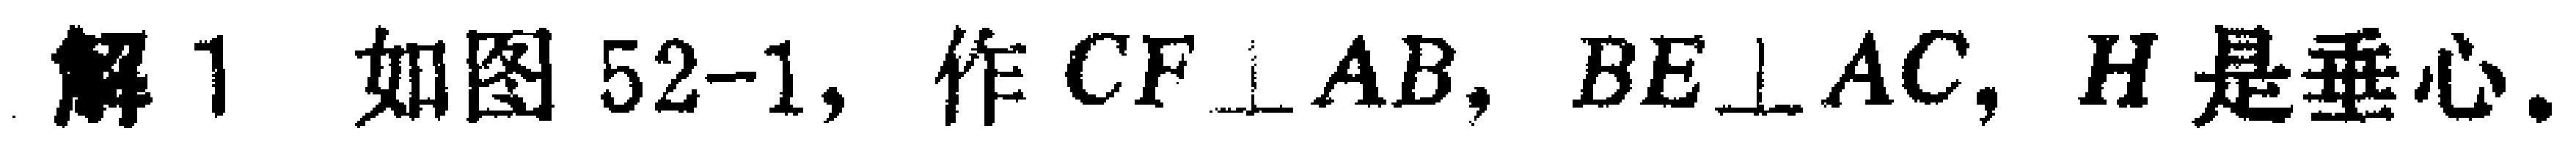
解1 如图52-1, 作 \(CF\perp AB\), \(BE\perp AC\), \(H\)是垂心.